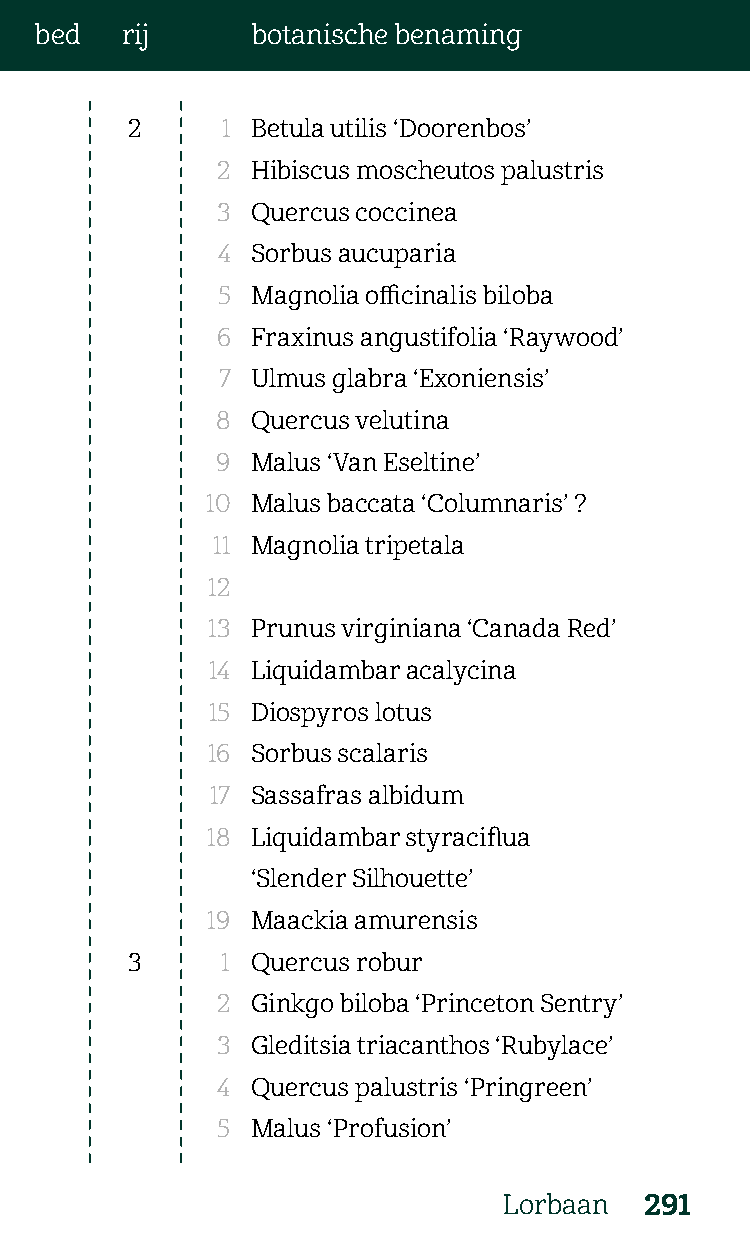
bed   rij      botanische benaming
 2      1 Betula utilis ‘Doorenbos’
 2  Hibiscus moscheutos palustris
 3  Quercus coccinea
 4  Sorbus aucuparia
 5  Magnolia officinalis biloba
 6  Fraxinus angustifolia ‘Raywood’
 7  Ulmus glabra ‘Exoniensis’
 8  Quercus velutina
 9  Malus ‘Van Eseltine’
 10 Malus baccata ‘Columnaris’ ?
 11 Magnolia tripetala
 12
 13 Prunus virginiana ‘Canada Red’
 14 Liquidambar acalycina
 15 Diospyros lotus
 16 Sorbus scalaris
 17 Sassafras albidum
 18 Liquidambar styraciflua
 ‘Slender Silhouette’
 19 Maackia amurensis
 3      1 Quercus robur
 2  Ginkgo biloba ‘Princeton Sentry’
 3  Gleditsia triacanthos ‘Rubylace’
 4  Quercus palustris ‘Pringreen’
 5  Malus ‘Profusion’
 Lorbaan   291